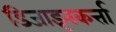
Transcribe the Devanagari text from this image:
डिजाइनकर्त्ता